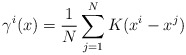
\begin{align*}\gamma^i(x) = \frac1N\sum_{j=1}^N K(x^i - x^j)\end{align*}